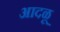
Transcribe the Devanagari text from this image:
आदळू